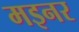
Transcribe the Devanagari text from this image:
मइनर